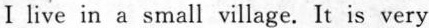
Ⅰ live in a small village. It is very